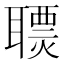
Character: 𦗩